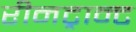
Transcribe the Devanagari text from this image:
रीनट्रान्ट